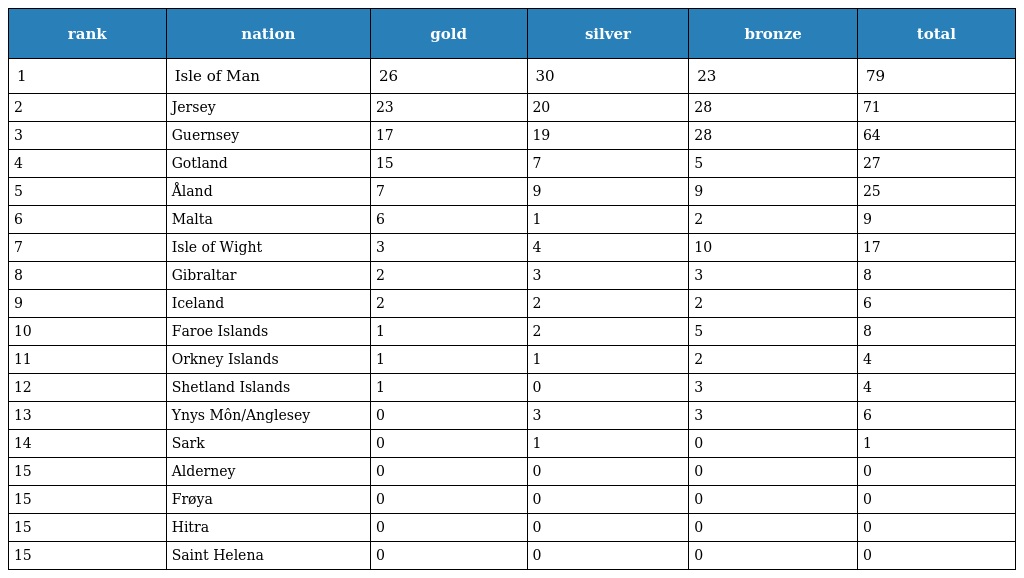
| rank | nation | gold | silver | bronze | total |
 | --- | --- | --- | --- | --- | --- |
 | 1 | Isle of Man | 26 | 30 | 23 | 79 |
 | 2 | Jersey | 23 | 20 | 28 | 71 |
 | 3 | Guernsey | 17 | 19 | 28 | 64 |
 | 4 | Gotland | 15 | 7 | 5 | 27 |
 | 5 | Åland | 7 | 9 | 9 | 25 |
 | 6 | Malta | 6 | 1 | 2 | 9 |
 | 7 | Isle of Wight | 3 | 4 | 10 | 17 |
 | 8 | Gibraltar | 2 | 3 | 3 | 8 |
 | 9 | Iceland | 2 | 2 | 2 | 6 |
 | 10 | Faroe Islands | 1 | 2 | 5 | 8 |
 | 11 | Orkney Islands | 1 | 1 | 2 | 4 |
 | 12 | Shetland Islands | 1 | 0 | 3 | 4 |
 | 13 | Ynys Môn/Anglesey | 0 | 3 | 3 | 6 |
 | 14 | Sark | 0 | 1 | 0 | 1 |
 | 15 | Alderney | 0 | 0 | 0 | 0 |
 | 15 | Frøya | 0 | 0 | 0 | 0 |
 | 15 | Hitra | 0 | 0 | 0 | 0 |
 | 15 | Saint Helena | 0 | 0 | 0 | 0 |